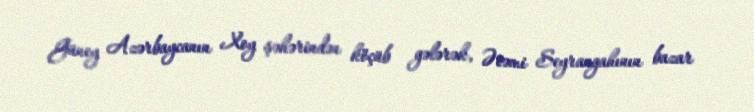
Güney Azərbaycanın Xoy şəhərindən köçüb gələrək, Əcəmi Seyrangahının bazar